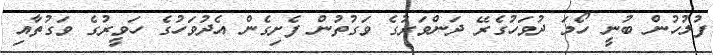
ފުލުހުން ބުނީ ހޯމަ ދުވަހުގެރޭ ދަންވަރުގެ ވަގުތުން ފެށިގެން އެދުވަހުގެ ހަވީރުގެ ވަގުތާއި